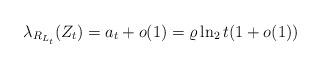
LaTeX: \begin{align*} \lambda_{R_{L_t}}(Z_t) = a_t + o(1) = \varrho \ln_2 t (1 + o(1)) \end{align*}